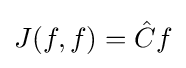
J(f,f)={\hat {C}}f